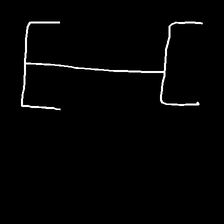
Glyph: entwine